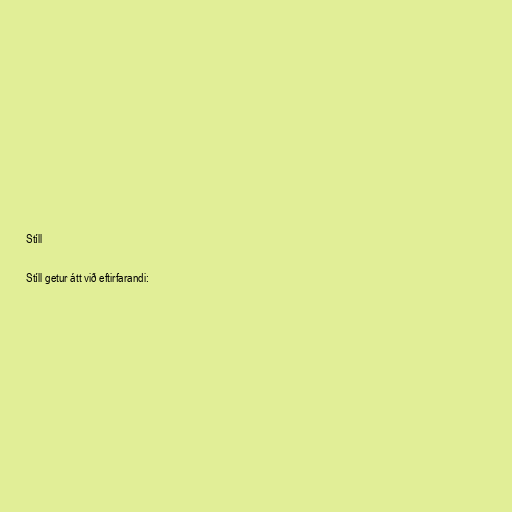
Stíll

Stíll getur átt við eftirfarandi: